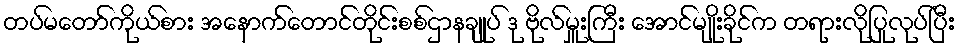
တပ်မတော်ကိုယ်စား အနောက်တောင်တိုင်းစစ်ဌာနချုပ် ဒု ဗိုလ်မှူးကြီး အောင်မျိုးခိုင်က တရားလိုပြုလုပ်ပြီး